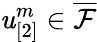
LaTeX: \mathit{u}_{[2]}^{m}\in\overline{{{\mathcal{{F}}}}}